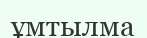
ұмтылма